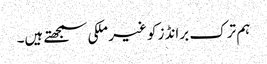
ہم ترک برانڈز کو غیر ملکی سمجھتے ہیں۔